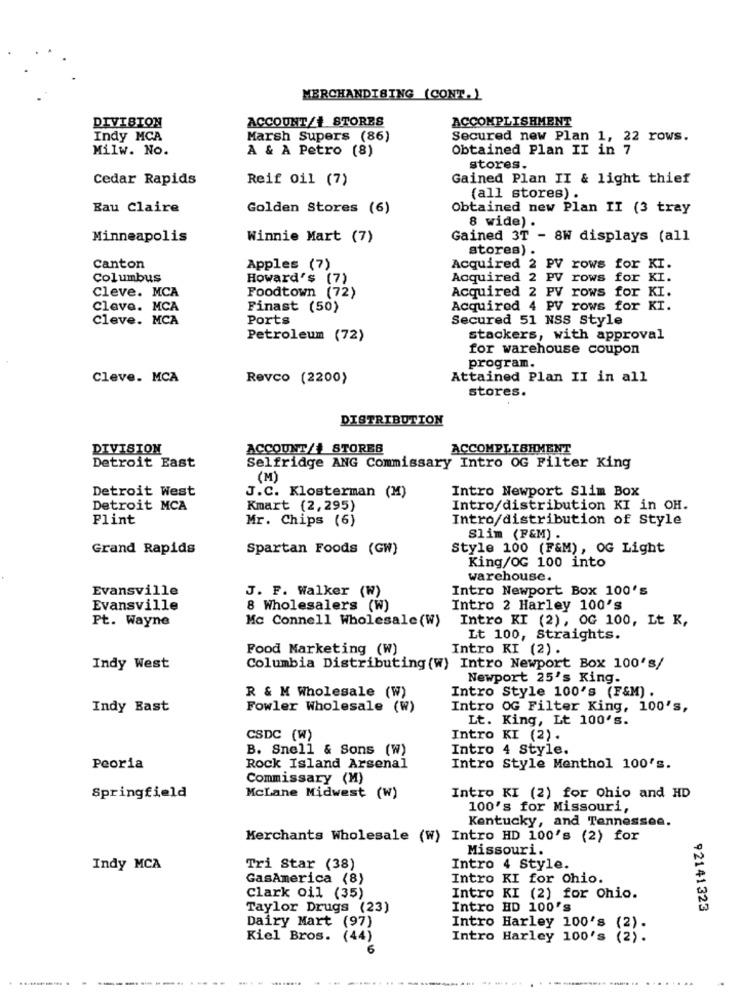
MERCHANDISING (CONT.)
DIVISION
ACCOUNT/+ STORES
ACCOMPLISHMENT
Indy MCA
Marsh Supers (86)
Secured new Plan 1, 22 rows.
Milw. No.
A & A Petro (8)
Obtained Plan II in 7
stores.
Cedar Rapids
Reif oil (7)
Gained Plan II & light thief
(all stores) .
Eau Claire
Golden Stores (6)
Obtained new Plan II (3 tray
8 wide) .
Minneapolis
Winnie Mart (7)
Gained 3T - 8W displays (all
stores) .
canton
Apples (7)
Acquired 2 PV rows for
KI.
Columbus
Howard's (7)
Acquired 2 PV rows for
KI
Cleve. MCA
Acquired 2 PV rows for
Foodtown (72)
Cleve. MCA
Finast (50)
Acquired 4 PV rows for
KI
Cleve. MCA
Ports
Secured 51 NSS Style
Petroleum (72)
stackers, with approval
for warehouse coupon
program.
Cleve. MCA
Revco (2200)
Attained Plan II in all
stores.
DISTRIBUTION
DIVISION
ACCOUNT/+ STORES
ACCOMPLISHMENT
Detroit East
Selfridge ANG Commissary Intro OG Filter King
(M)
Detroit West
Intro Newport Slim Box
J.C. Klosterman (M)
Detroit MCA
Kmart (2,295)
Intro/distribution KI in OH.
Plint
Mr. Chips (6)
Intro/distribution of Style
Slim (F&M) .
Grand Rapids
Spartan Foods (GW)
Style 100 (F&M), OG Light
King/OG 100 into
warehouse.
Evansville
Intro Newport Box 100's
J. F. Walker (W)
Evansville
8 Wholesalers (W)
Intro 2 Harley 100's
Pt. Wayne
Mc Connell Wholesale (W)
Intro KI (2), OG 100, Lt K,
Lt 100, Straights.
Food Marketing (W)
Intro KI (2).
Indy West
Columbia Distributing(W) Intro Newport Box 100's/
Newport 25's King.
R & M Wholesale (W)
Intro Style 100's (F&M) .
Indy Bast
Fowler Wholesale (W)
Intro OG Filter King, 100's,
Lt. King, Lt 100's.
CSDC (W)
Intro KI (2).
B. Snell & Sons (W)
Intro 4 Style.
Peoria
Rock Island Arsenal
Intro Style Menthol 100's.
Commissary (M)
Springfield
McLane Midwest (W)
Intro KI (2) for Ohio and HD
100's for Missouri,
Kentucky, and Tennessee.
Merchants Wholesale (W) Intro HD 100's (2) for
Missouri.
Indy MCA
Tri Star (38)
Intro 4 Style.
GasAmerica (8)
Intro KI for Ohio.
Clark oil (35)
Intro KI (2) for Ohio.
Taylor Drugs (23)
Intro HD 100'S
92141323
Dairy Mart (97)
Intro Harley 100's
Kiel Bros. (44)
Intro Harley 100's
6